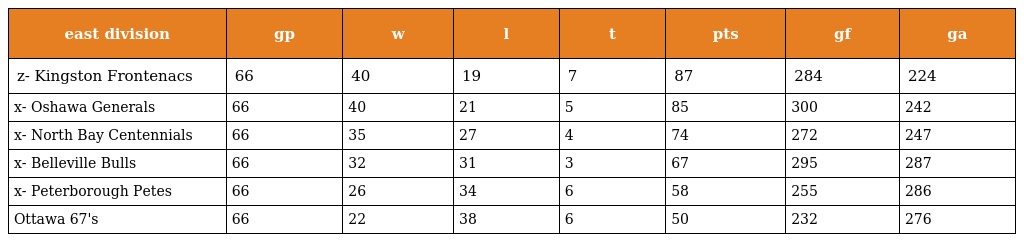
| east division | gp | w | l | t | pts | gf | ga |
 | --- | --- | --- | --- | --- | --- | --- | --- |
 | z- Kingston Frontenacs | 66 | 40 | 19 | 7 | 87 | 284 | 224 |
 | x- Oshawa Generals | 66 | 40 | 21 | 5 | 85 | 300 | 242 |
 | x- North Bay Centennials | 66 | 35 | 27 | 4 | 74 | 272 | 247 |
 | x- Belleville Bulls | 66 | 32 | 31 | 3 | 67 | 295 | 287 |
 | x- Peterborough Petes | 66 | 26 | 34 | 6 | 58 | 255 | 286 |
 | Ottawa 67's | 66 | 22 | 38 | 6 | 50 | 232 | 276 |